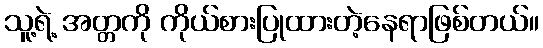
သူ့ရဲ့ အတ္တကို ကိုယ်စားပြုထားတဲ့နေရာဖြစ်တယ်။